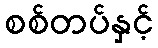
စစ်တပ်နှင့်